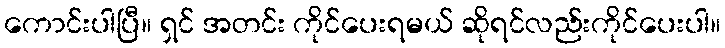
ကောင်းပါပြီ။ ရှင် အတင်း ကိုင်ပေးရမယ် ဆိုရင်လည်းကိုင်ပေးပါ။